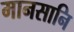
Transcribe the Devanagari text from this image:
मानसानि